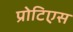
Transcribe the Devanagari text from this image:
प्रोटिएस